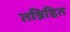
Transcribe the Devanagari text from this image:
तन्निहित